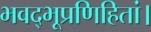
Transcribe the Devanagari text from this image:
भवद्भूप्रणिहितां।